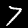
Label: 7